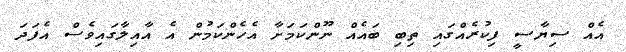
އެއް ސިޔާސީ ފިކުރެއްގައި ތިބި ބައެއް ނޫންކަމަށާ އެހެންކަމުން އެ އާއިލާގައިވެސް އެފަދަ